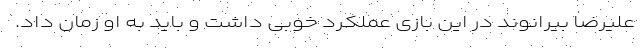
علیرضا بیرانوند در این بازی عملکرد خوبی داشت و باید به او زمان داد.